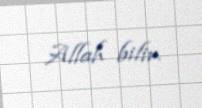
Allah bilir.